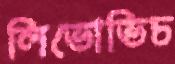
লিভোভিচ